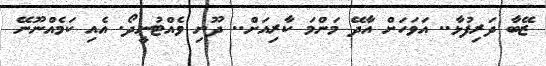
ޒޭބާ ދަރިފުޅާ.. އަވަހަށް އާދޭ މަންމަ ކާރިއަށް.. ދޫނި ވެއްޓުނީދޯ. އެއި ކަމެއްނޫނޭ